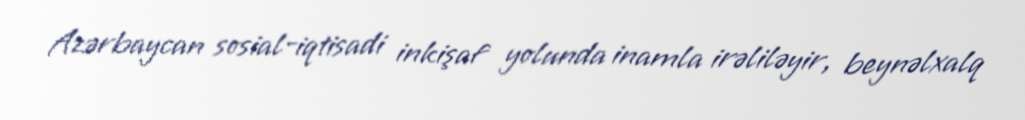
Azərbaycan sosial-iqtisadi inkişaf yolunda inamla irəliləyir, beynəlxalq